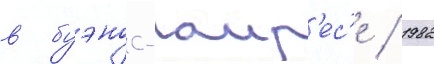
в буэнос-аир'ес'е / 1982